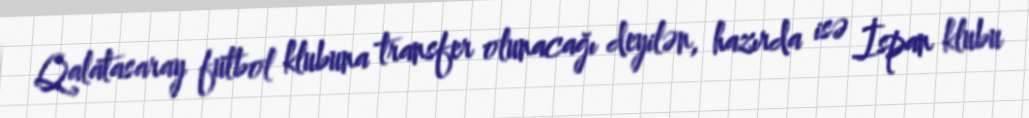
Qalatasaray futbol klubuna transfer olunacağı deyilən, hazırda isə İspan klubu